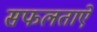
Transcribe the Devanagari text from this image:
सफलताऐं